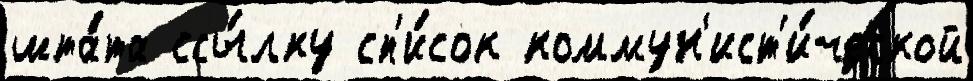
шта́та ссы́лку сп'и́сок коммун'ист'и́ческой